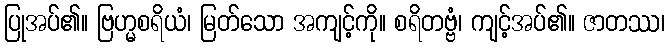
ပြုအပ်၏။ ဗြဟ္မစရိယံ၊ မြတ်သော အကျင့်ကို။ စရိတဗ္ဗံ၊ ကျင့်အပ်၏။ ဇာတဿ၊